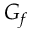
G _ { f }